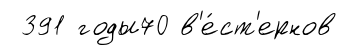
391 годы70 в'е́ст'ернов